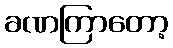
ခဏကြာတော့